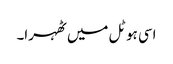
اسی ہوٹل میں ٹھہرا۔